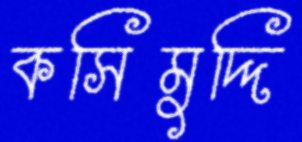
কসিমুদ্দি